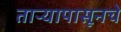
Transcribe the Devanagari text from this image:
ताऱ्यापासूनचे